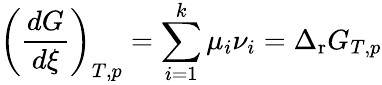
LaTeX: \left({\frac{dG}{d\xi}}\right)_{T,p}=\sum_{i=1}^{k}\mu_{i}\nu_{i}=\Delta_{\mathrm{r}}G_{T,p}